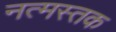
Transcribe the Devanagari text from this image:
नत्मस्तक